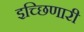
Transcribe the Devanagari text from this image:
इच्छिणारी